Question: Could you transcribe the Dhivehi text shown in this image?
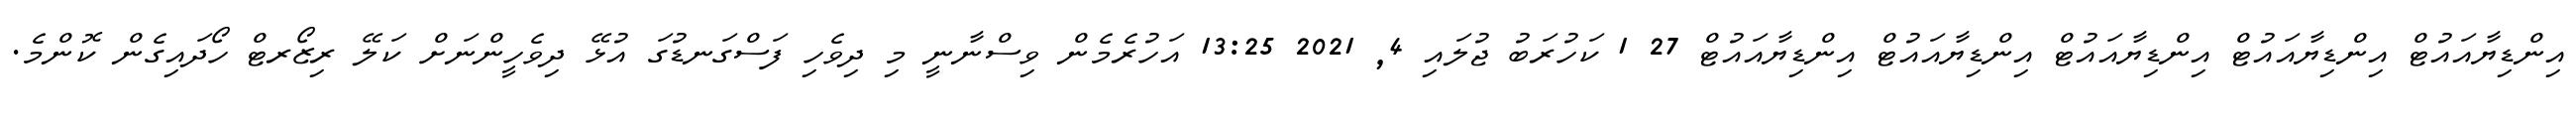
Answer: އިންޑިޔާއައުޓް އިންޑިޔާއައުޓް އިންޑިޔާއައުޓް އިންޑިޔާއައުޓް އިންޑިޔާއައުޓް 27 1 ކަހުރަބު ޖުލައި 4, 2021 13:25 އަހުރެމެން ވިސްނާނީ މި ދިވެހި ފަސްގަނޑުގަ އުޅޭ ދިވެހީންނަށް ކަލޭ ރިޒޯރޓް ހޯދައިގެން ކޮންމެ.